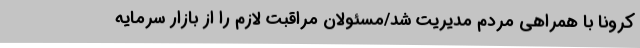
کرونا با همراهی مردم مدیریت شد/مسئولان مراقبت لازم را از بازار سرمایه